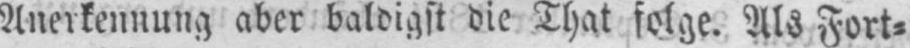
Anerkennung aber baldigst die That folge. Als Fort⸗